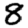
Digit: 8